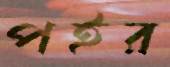
পইর